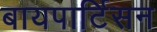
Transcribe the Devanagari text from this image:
बायपार्टिसन